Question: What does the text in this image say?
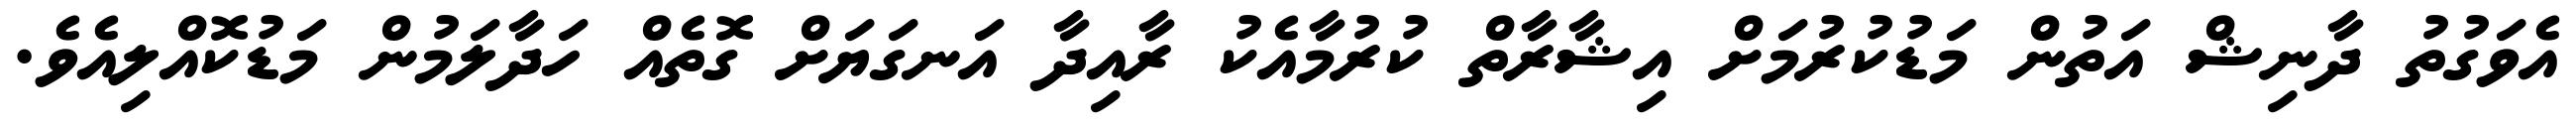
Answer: އެވަގުތު ދާނިޝް އަތުން މަޑުކުރުމަށް އިޝާރާތް ކުރުމާއެކު ރާއިދާ އަނގަޔަށް ގޮތެއް ހަދާލަމުން މަޑުކޮއްލިއެވެ.